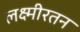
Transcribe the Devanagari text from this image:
लक्ष्मीरतन